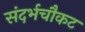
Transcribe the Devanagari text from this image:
संदर्भचौकट